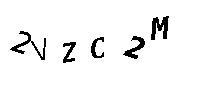
2VZC2M